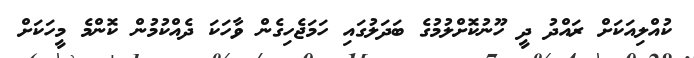
ކުއްލިއަކަށް ރައްދު ދީ ހޫނުކޮށްލުމުގެ ބަދަލުގައި ހަމަޖެހިގެން ވާހަކަ ދެއްކުމުން ކޮންމެ މީހަކަށް